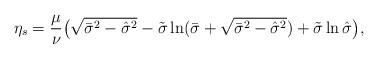
LaTeX: \begin{align*} \eta_s={\mu\over\nu}\big( \sqrt{\bar\sigma^2-\hat\sigma^2} - \tilde\sigma \ln (\bar\sigma+\sqrt{\bar\sigma^2- \hat\sigma^2}) +\tilde\sigma\ln \hat\sigma \big),\end{align*}